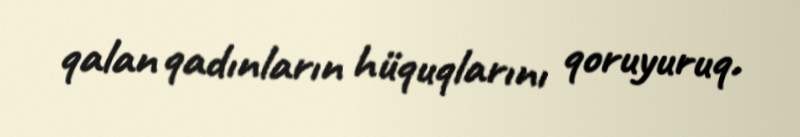
qalan qadınların hüquqlarını qoruyuruq.